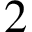
2